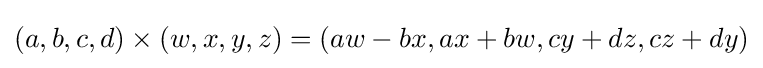
(a,b,c,d)\times (w,x,y,z)=(aw-bx,ax+bw,cy+dz,cz+dy)